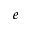
e